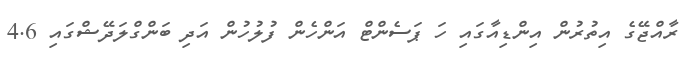
ރާއްޖޭގެ އިތުރުން އިންޑިއާގައި ހަ ޕަސެންޓް އަންހެން ފުލުހުން އަދި ބަންގްލަދޭޝްގައި 4.6